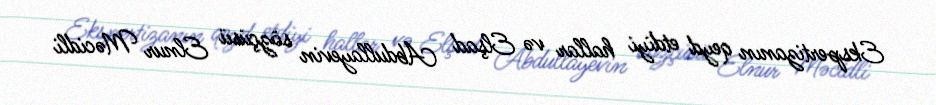
Ekspertizanın qeyd etdiyi hallar və Elşad Abdullayevin sözçüsü Elnur Məcidli